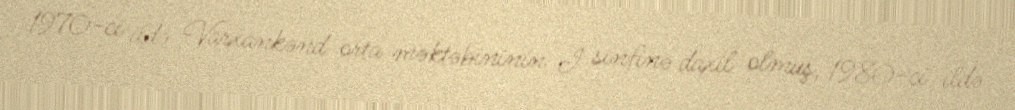
1970-ci ildə Varxankənd orta məktəbininin I sinfinə daxil olmuş, 1980-ci ildə